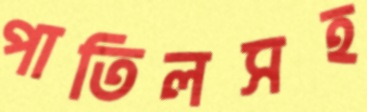
পাতিলসহ